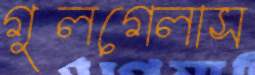
গুলগেলাস